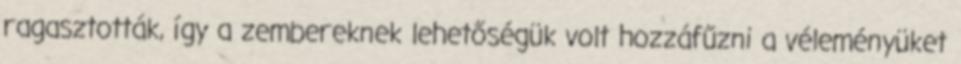
ragasztották, így a zembereknek lehetőségük volt hozzáfűzni a véleményüket